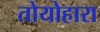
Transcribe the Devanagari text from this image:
तोयोहारा